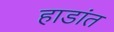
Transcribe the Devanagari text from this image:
हाडांत